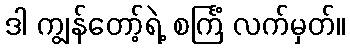
ဒါ ကျွန်တော့်ရဲ့ စင်္ကြံ လက်မှတ်။